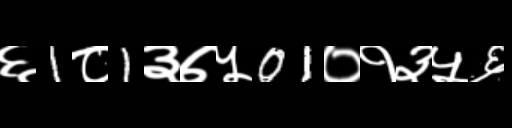
Text: ६1८1३७५01०१३५६